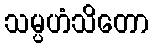
သမ္ပဟံသိတော